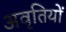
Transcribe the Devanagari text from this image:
अवृतियों